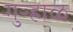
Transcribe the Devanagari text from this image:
गुऱ्हाळ